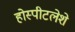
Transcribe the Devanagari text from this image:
होस्पीटलेशे